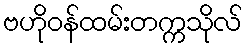
ဗဟိုဝန်ထမ်းတက္ကသိုလ်